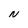
Character: N